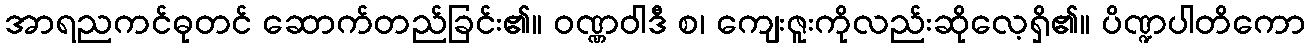
အာရညကင်ဓုတင် ဆောက်တည်ခြင်း၏။ ဝဏ္ဏဝါဒီ စ၊ ကျေးဇူးကိုလည်းဆိုလေ့ရှိ၏။ ပိဏ္ဍပါတိကော